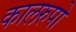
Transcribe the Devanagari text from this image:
कालरुपो